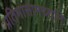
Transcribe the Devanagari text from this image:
प्रतिभासामर्थ्याने